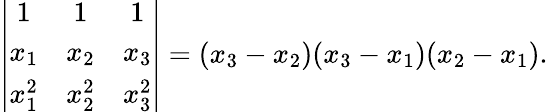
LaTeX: \left|{\begin{array}{ccc}{1}&{1}&{1}\\ {x_{1}}&{x_{2}}&{x_{3}}\\ {x_{1}^{2}}&{x_{2}^{2}}&{x_{3}^{2}}\end{array}}\right|=(x_{3}-x_{2})(x_{3}-x_{1})(x_{2}-x_{1}).